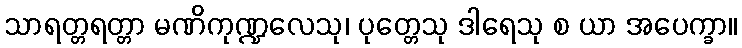
သာရတ္တရတ္တာ မဏိကုဏ္ဍလေသု၊ ပုတ္တေသု ဒါရေသု စ ယာ အပေက္ခာ။